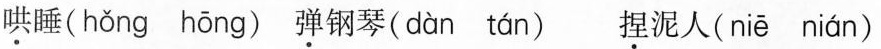
哄睡( hǒng hōng ) 弹钢琴( dàn tán ) 捏泥人( niē nián )